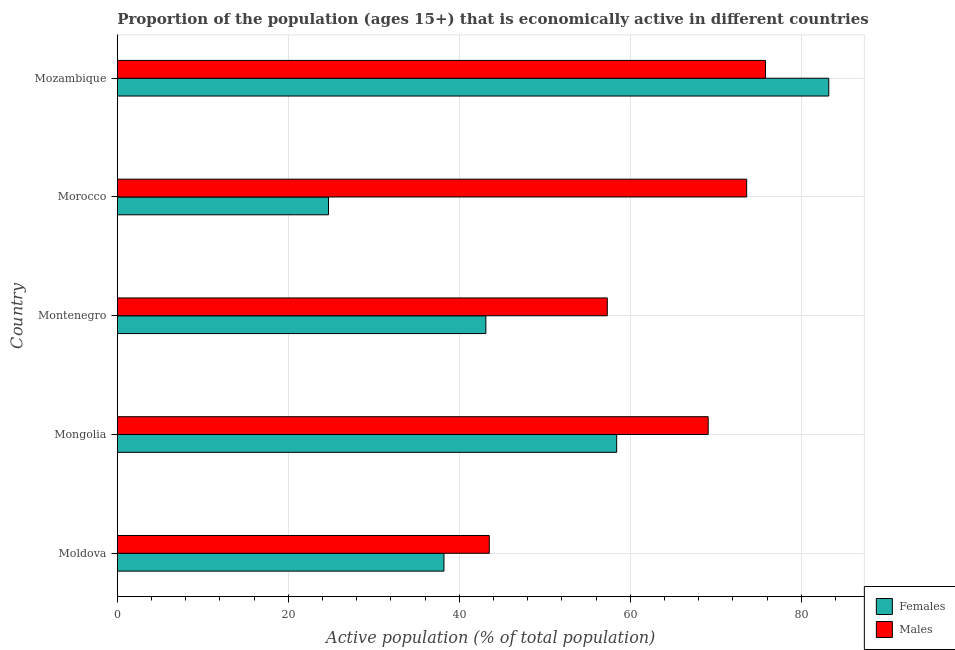
| Country | Females | Males |
 | --- | --- | --- |
 | Moldova | 38.2 | 43.5 |
 | Mongolia | 58.4 | 69.1 |
 | Montenegro | 43.1 | 57.3 |
 | Morocco | 24.7 | 73.6 |
 | Mozambique | 83.2 | 75.8 |